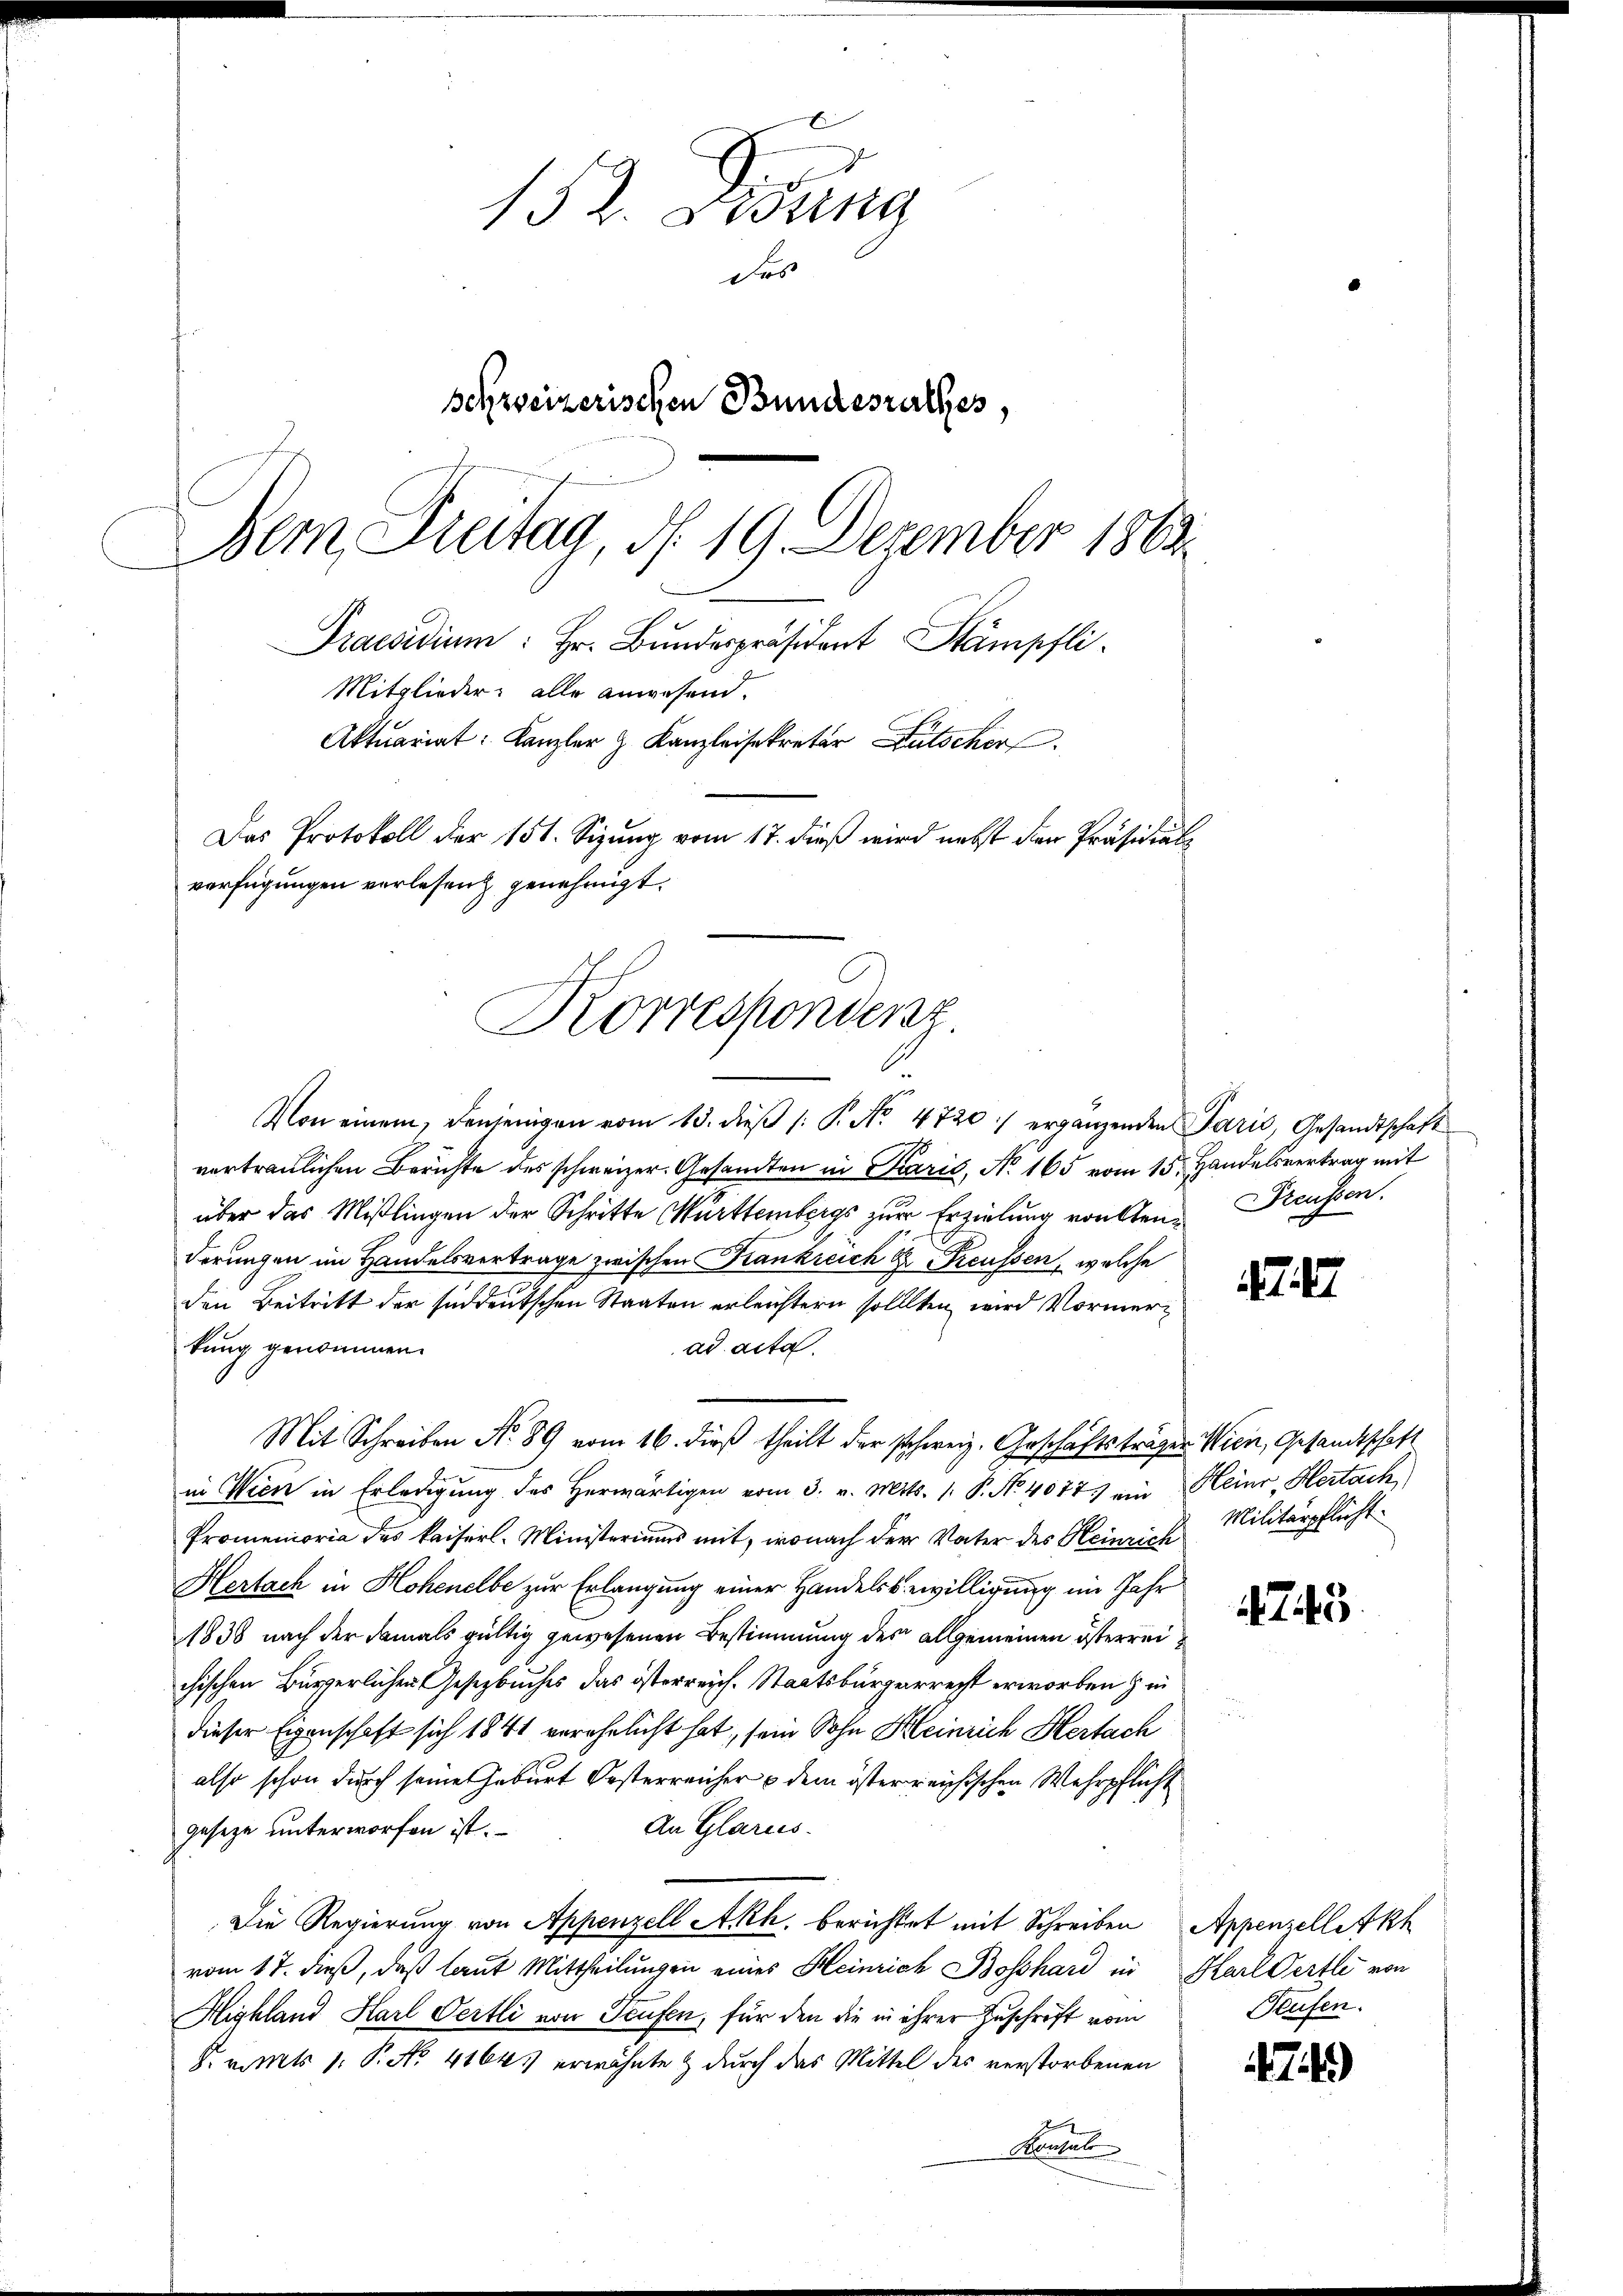
Korrespondenz

152. Desung
Fos
schreizerischen Bundesrathes,
Bemn Freitag, d. 19. Dezember 1863.
Praesidium: Hr. Bundespräsident Stämpfli
Mitglieder alle anwesend.
Aktuariat: Kanzler & Kanzleisekretär Futscher
Das Protokoll der 151. Sizung vom 17. dieß wird nebst den Präsidialverfügungen verlesen genehmigt.

Von einem, denjenigen vom 13. dieβ (: P. No. 4720 ergänzenden Paris, Gesandtschaft
vertraulichen Berichte des schweizer. Gesandten in Paris, No. 165 vom 15. Handelsvertrag mit
über das Mißlingen der Schritte Württembergs zur Erzielung vonsten Preussen.
derungen im Handelsvertrage zwischen Krankreich der Preussen, welche
den Beitritt der süddeutschen Staaten erleichtern sollten wird Vormerkung genommen.
ad acta.
in Wien in Erledigung des Herwärtigen vom 3. v. Mts. 1. P. No. 40775 ein Heinr, Hertach
Promemoria des kaiserl. Ministeriums mit, wonach der Vater des Heinrich
Hertach in Hohenelbe zur Erlangung einer Handelsbewilligung im Jahr
1838 nach der damals gültig gewesenen Bestimmung des allgemeinen österreichischen Bürgerlichen Gesetzbuches das österreich. Staatsbürgerrecht erworben & in
dieser Eigenschaft sich 1841 verehelicht hat, sein Sohn Heinrich Hertach
also schon durch seine Geburt Oesterreicher & dem österreichischen Wehrpflicht
An Glarus.
geseze unterworfen ist.
Die Regierung von Appenzell Akh. berichtet mit Schreiben Appenzelletkh
vom 17. dieß, daß laut Mittheilungen eines Heinrich Bosshard in Karl Oertli von
Hishland Karl Oertli von Teufen, für den die in ihrer Zuschrift vom
F. v. Mts. 1. P. No. 41643 erwähnte & durch das Mittel des verstorbenen
Kontal

Mit Schreiben No 89 vom 16. dieß theilt der schweiz. Geschäftsträger Wien, Gesandtschaft

4

Militärpflicht.

4743

Teufen.

7